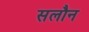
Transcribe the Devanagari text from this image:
सलौन